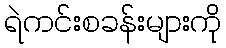
ရဲကင်းစခန်းများကို